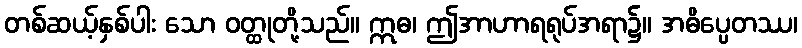
တစ်ဆယ့်နှစ်ပါး သော ဝတ္ထုတို့သည်။ ဣဓ၊ ဤအာဟာရရုပ်အရာ၌။ အဓိပ္ပေတဿ၊